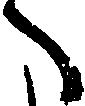
へ